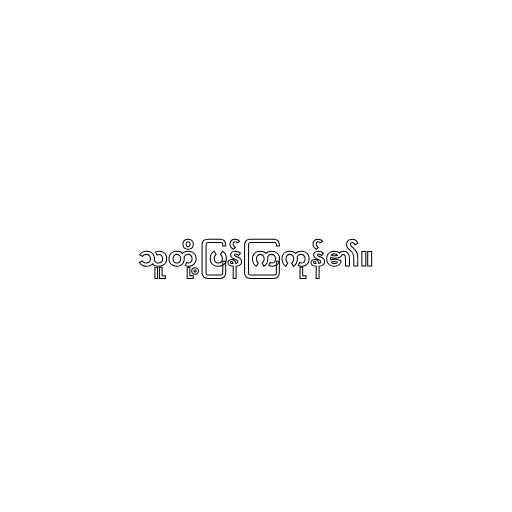
သူတို့ပြန်ကြကုန်၏။